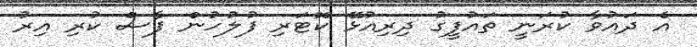
އެ ދައުވާ ކުރަނީ ތައުފީގު ދިރިއުޅޭ ކޮޓަރި ފުލުހުން ފާސް ކުރި އިރު